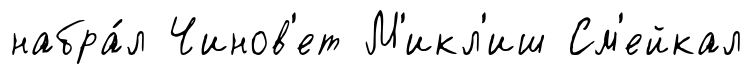
набра́л Чинов'ет М'икл'иш См'ейкал